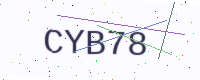
Text: CYB78